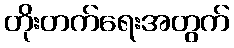
တိုးတက်ရေးအတွက်